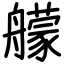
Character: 艨